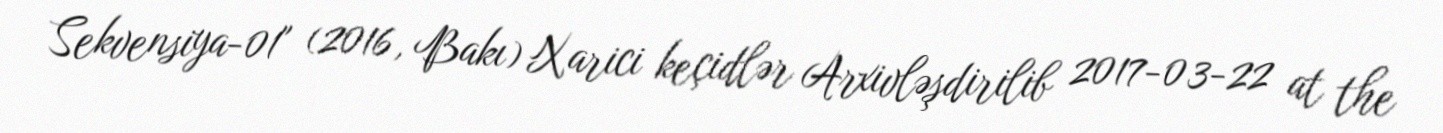
Sekvensiya-01" (2016, Bakı) Xarici keçidlər Arxivləşdirilib 2017-03-22 at the